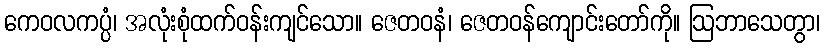
ကေဝလကပ္ပံ၊ အလုံးစုံထက်ဝန်းကျင်သော။ ဇေတဝနံ၊ ဇေတဝန်ကျောင်းတော်ကို။ ဩဘာသေတွာ၊